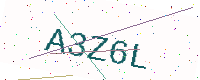
Text: A3Z6L